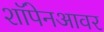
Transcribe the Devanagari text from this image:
शॉपेनआवर